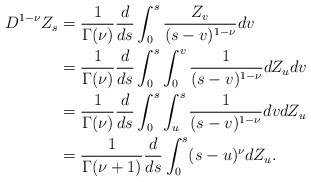
LaTeX: \begin{align*}D^{1-\nu} Z_s&= \frac{1}{\Gamma(\nu)}\frac{d}{ds}\int_0^s \frac{Z_v}{(s-v)^{1-\nu}}dv\\&= \frac{1}{\Gamma(\nu)}\frac{d}{ds}\int_0^s\int_0^v \frac{1}{(s-v)^{1-\nu}}dZ_udv\\&= \frac{1}{\Gamma(\nu)}\frac{d}{ds}\int_0^s\int_u^s \frac{1}{(s-v)^{1-\nu}}dvdZ_u\\&=\frac{1}{\Gamma(\nu+1)}\frac{d}{ds}\int_0^s (s-u)^\nu dZ_u.\end{align*}